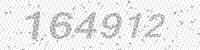
Solution: 164912